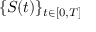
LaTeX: \{ S ( t ) \} _ { t \in [ 0 , T ] }